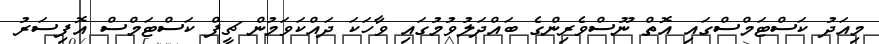
މިއަދު ކަސްޓަމްސްގައި އޮތް ނޫސްވެރިންގެ ބައްދަލުވުމުގައި ވާހަކަ ދައްކަވަމުން ޗީފް ކަސްޓަމްސް އޮފިސަރު